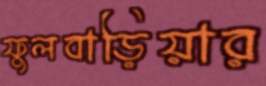
ফুলবাড়িয়ার